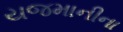
યજમાનીના